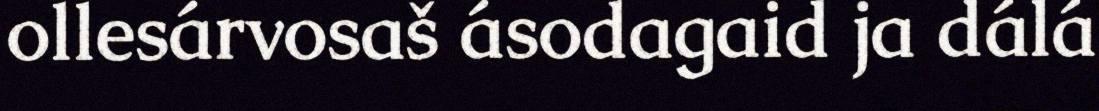
ollesárvosaš ásodagaid ja dálá